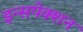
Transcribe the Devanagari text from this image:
इन्सपेक्शन